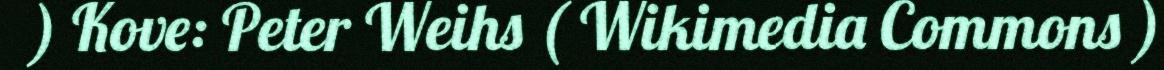
) Kove: Peter Weihs ( Wikimedia Commons )